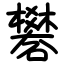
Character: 礬